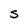
Character: S